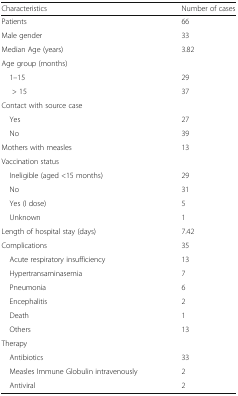
<table><thead><tr><td><b>Characteristics</b></td><td><b>Number of cases</b></td></tr></thead><tbody><tr><td>Patients</td><td>66</td></tr><tr><td>Male gender</td><td>33</td></tr><tr><td>Median Age (years)</td><td>3.82</td></tr><tr><td colspan="2">Age group (months)</td></tr><tr><td> 1–15</td><td>29</td></tr><tr><td>&gt; 15</td><td>37</td></tr><tr><td colspan="2">Contact with source case</td></tr><tr><td> Yes</td><td>27</td></tr><tr><td> No</td><td>39</td></tr><tr><td>Mothers with measles</td><td>13</td></tr><tr><td colspan="2">Vaccination status</td></tr><tr><td> Ineligible (aged &lt;15 months)</td><td>29</td></tr><tr><td> No</td><td>31</td></tr><tr><td> Yes (I dose)</td><td>5</td></tr><tr><td> Unknown</td><td>1</td></tr><tr><td>Length of hospital stay (days)</td><td>7.42</td></tr><tr><td>Complications</td><td>35</td></tr><tr><td> Acute respiratory insufficiency</td><td>13</td></tr><tr><td> Hypertransaminasemia</td><td>7</td></tr><tr><td> Pneumonia</td><td>6</td></tr><tr><td> Encephalitis</td><td>2</td></tr><tr><td> Death</td><td>1</td></tr><tr><td> Others</td><td>13</td></tr><tr><td colspan="2">Therapy</td></tr><tr><td> Antibiotics</td><td>33</td></tr><tr><td> Measles Immune Globulin intravenously</td><td>2</td></tr><tr><td> Antiviral</td><td>2</td></tr></tbody></table>